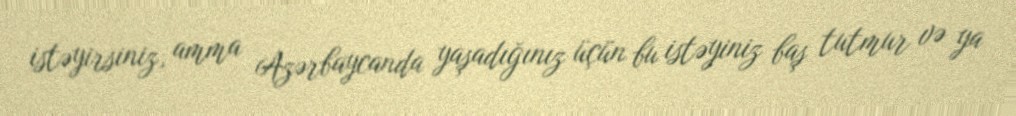
istəyirsiniz, amma Azərbaycanda yaşadığınız üçün bu istəyiniz baş tutmur və ya